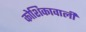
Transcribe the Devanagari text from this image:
कोशिकावाली